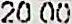
20.00